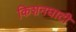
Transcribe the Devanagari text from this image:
किशनघाटी